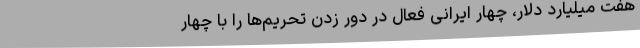
هفت میلیارد دلار، چهار ایرانی فعال در دور زدن تحریم‌ها را با چهار